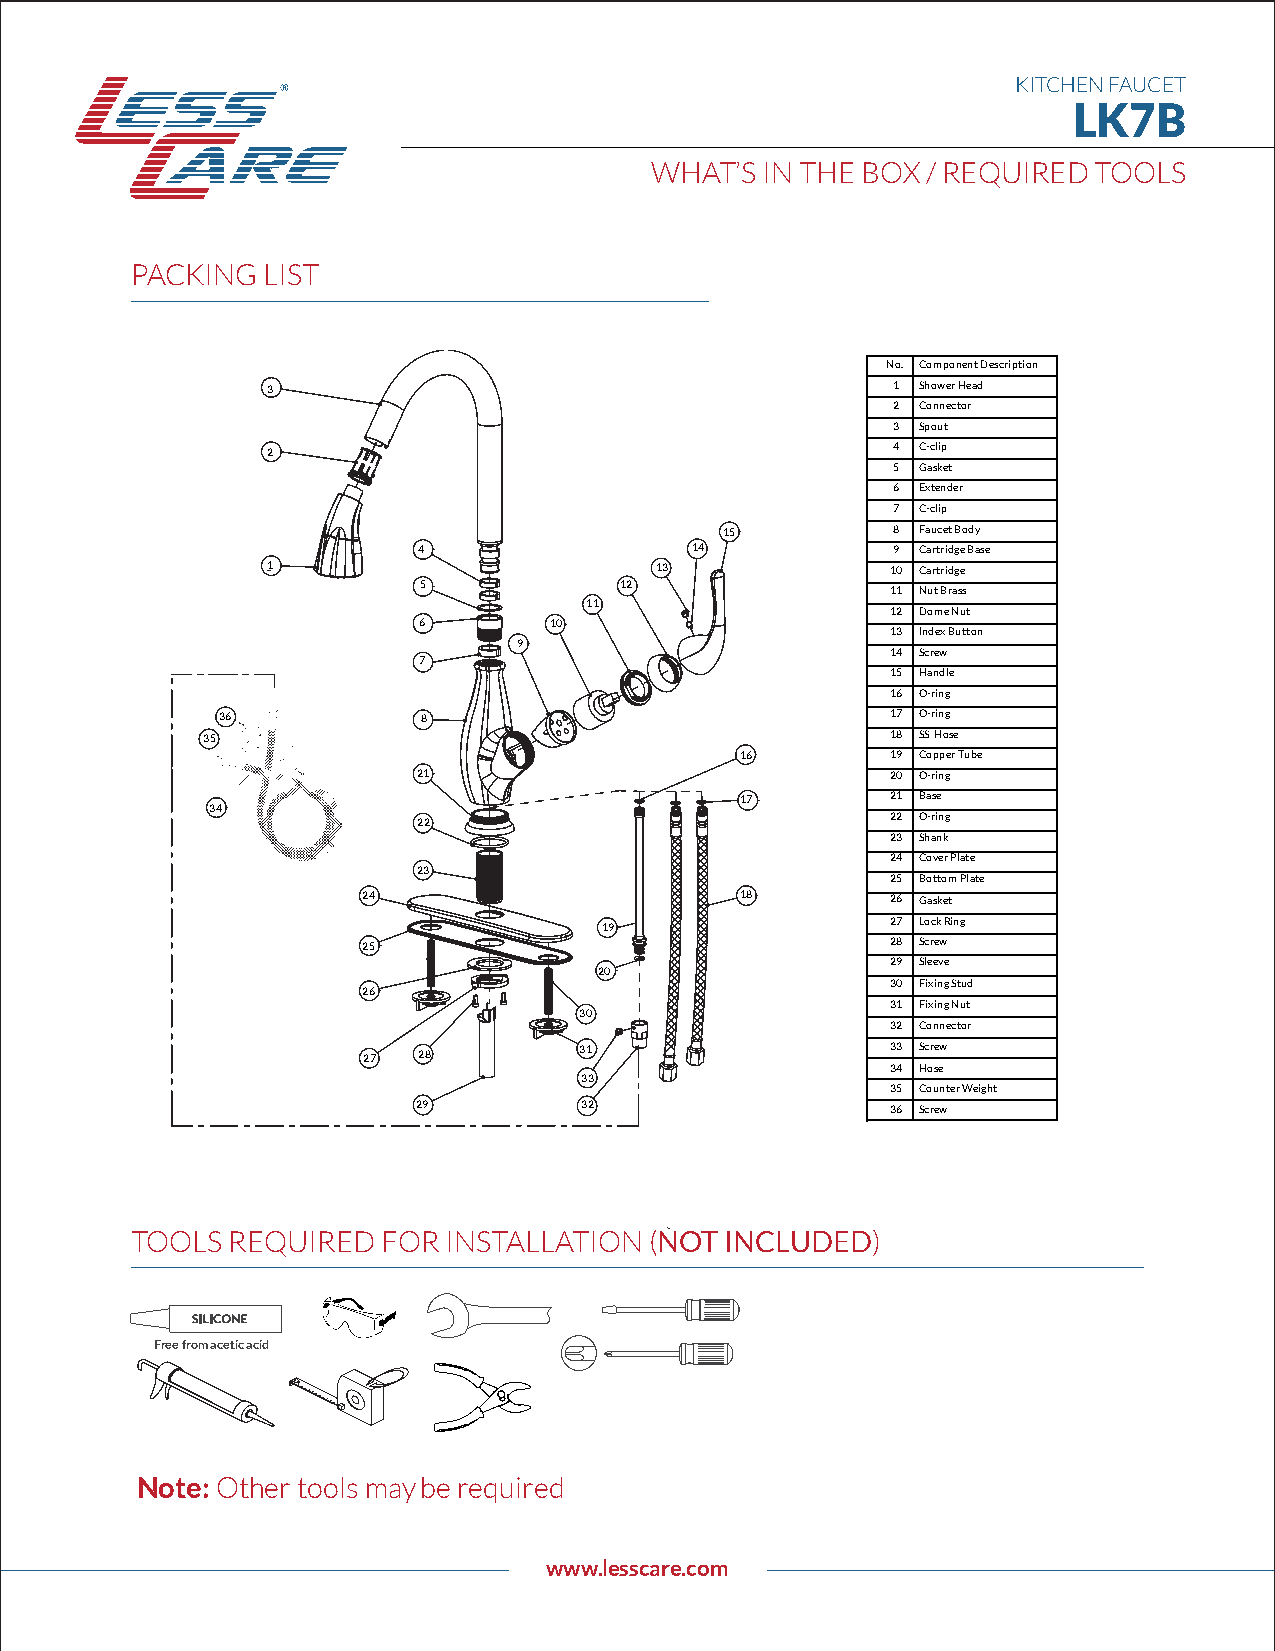
KITCHEN FAUCET
 LK7B
 WHAT’S  IN THE BOX / REQUIRED TOOLS
 PACKING LIST
 No. Component Description
 3                                        1 Shower Head
 2 Connector
 3 Spout
 2                                        4 C-clip
 5 Gasket
 6 Extender
 7 C-clip
 15         8 Faucet Body
 4                 14           9 Cartridge Base
 1                        13              10 Cartridge
 5            12                11 Nut Brass
 11
 12 Dome Nut
 6       10
 13 Index Button
 9
 14 Screw
 7
 15 Handle
 16 O-ring
 36            8                              17 O-ring
 35                                            18 SS Hose
 16        19 Copper Tube
 21                             20 O-ring
 17        21 Base
 34
 22                             22 O-ring
 23 Shank
 24 Cover Plate
 23
 25 Bottom Plate
 24                       18        26 Gasket
 19                 27 Lock Ring
 25                                 28 Screw
 29 Sleeve
 20
 30 Fixing Stud
 26
 31 Fixing Nut
 30
 32 Connector
 27  28        31                   33 Screw
 34 Hose
 33
 35 Counter Weight
 29        32                   36 Screw
 TOOLS REQUIRED  FOR INSTALLATION  (NOT INCLUDED)
 Free from acetic acid
 Note: Other tools may be required
 www.lesscare.com